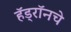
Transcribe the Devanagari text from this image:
हॅड्रॉनचे